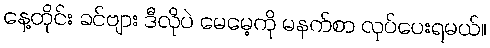
နေ့တိုင်း ခင်ဗျား ဒီလိုပဲ မေမေ့ကို မနက်စာ လုပ်ပေးရမယ်။